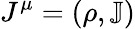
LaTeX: J^{\mu}=(\rho,\mathbb{J})